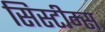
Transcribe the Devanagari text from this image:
सिस्टीम्स